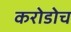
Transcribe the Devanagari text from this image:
करोडोच